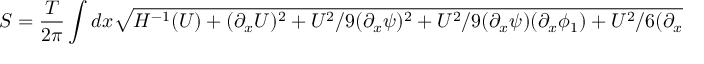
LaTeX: S = \frac { T } { 2 \pi } \int d x \sqrt { H ^ { - 1 } ( U ) + ( \partial _ { x } U ) ^ { 2 } + { U ^ { 2 } } / { 9 } ( \partial _ { x } \psi ) ^ { 2 } + { U ^ { 2 } } / { 9 } ( \partial _ { x } \psi ) ( \partial _ { x } \phi _ { 1 } ) + { U ^ { 2 } } / { 6 } ( \partial _ { x } \phi _ { 1 } ) ^ { 2 } } ,